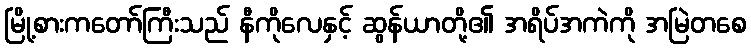
မြို့စားကတော်ကြီးသည် နီကိုလေနှင့် ဆွန်ယာတို့၏ အရိပ်အကဲကို အမြဲတစေ